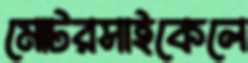
মোটরসাইকেলে